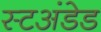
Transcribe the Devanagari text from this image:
स्टअंडेड